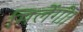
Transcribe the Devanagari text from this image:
मिलेंगीं।